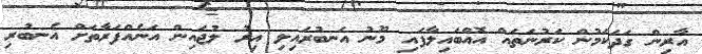
އާރިން ގަދަކަމުން ކަރުނަތައް އޮއްބައިލާފައި މޫނު އަނބުރައިލި އިރު ލުޖައިން އަނެއްފަރާތަށް އެނބުރި